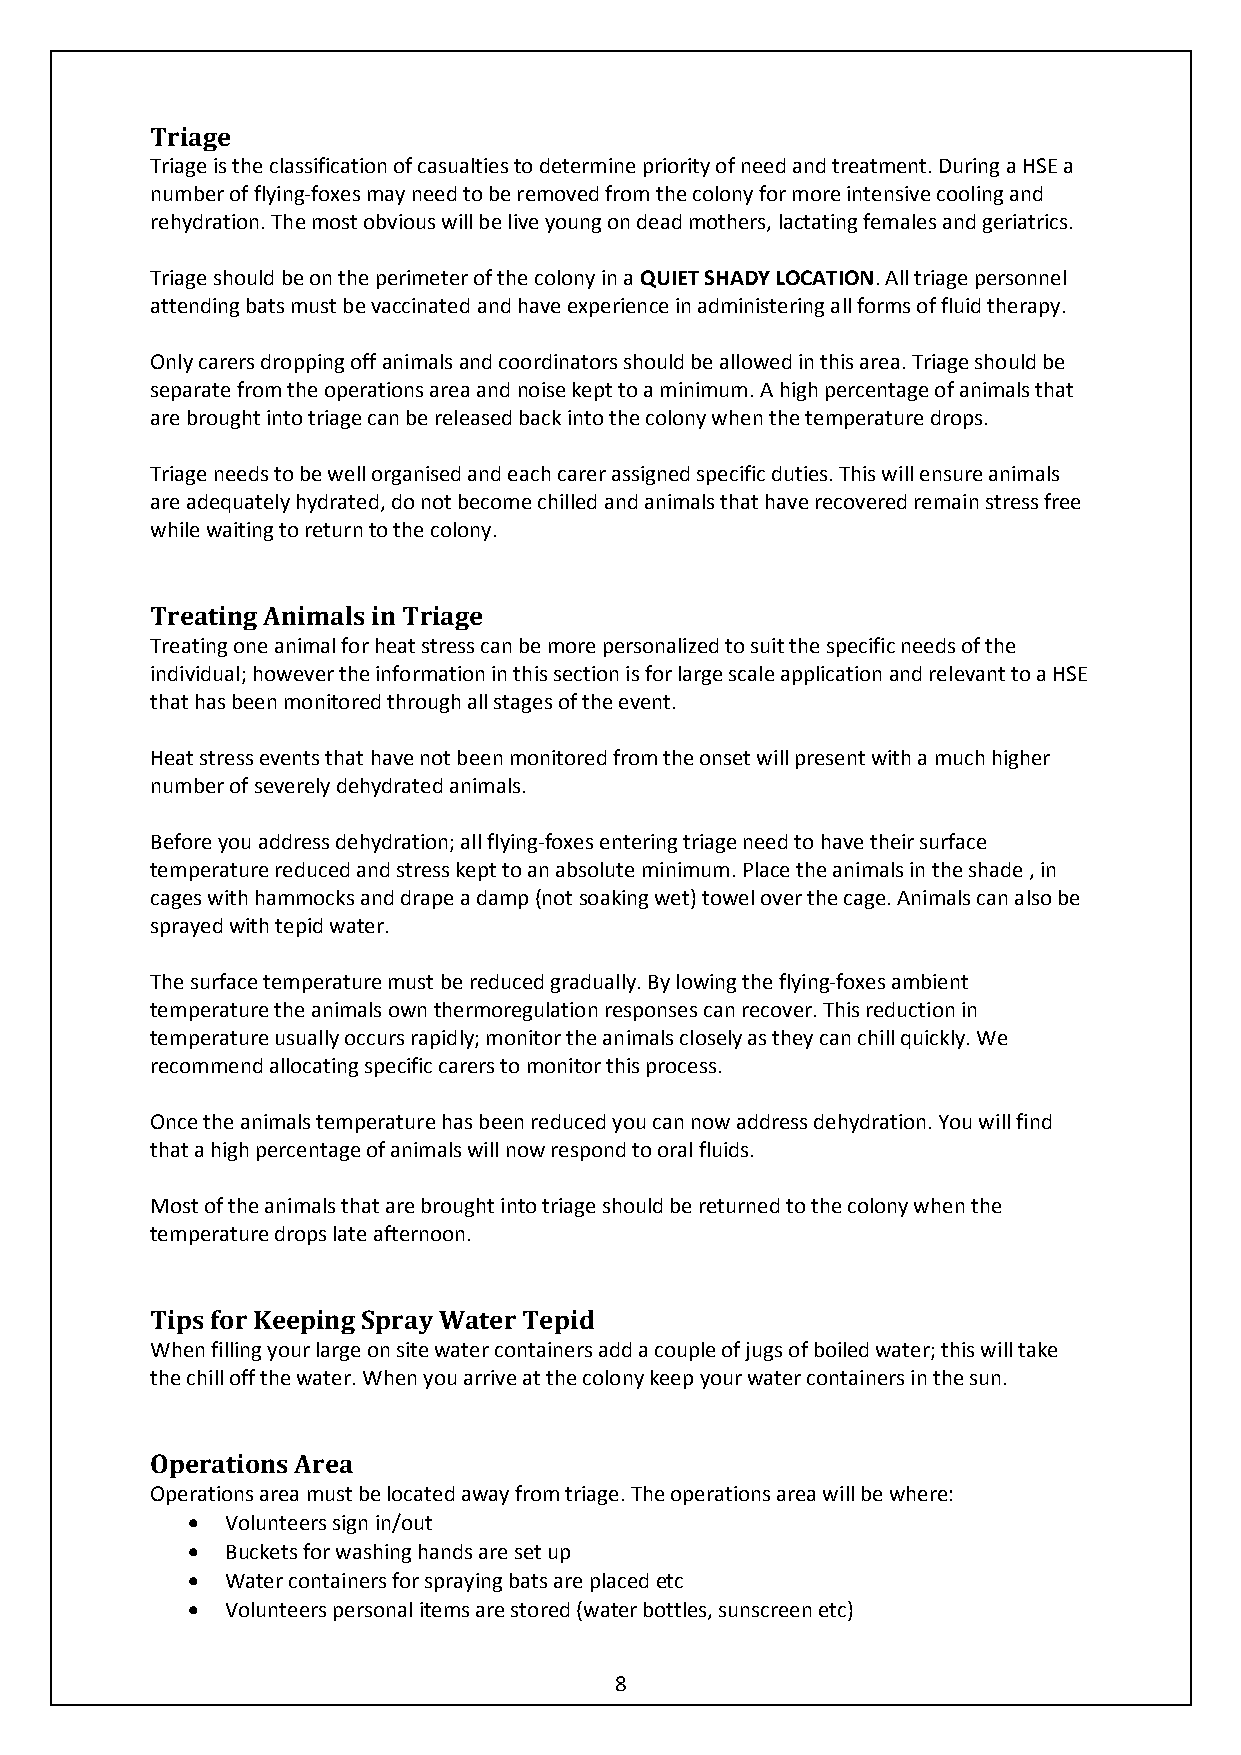
Triage
 Triage is the classification of casualties to determine priority of need and treatment. During a HSE a
 number of flying-foxes may need to be removed from the colony for more intensive cooling and
 rehydration. The most obvious will be live young on dead mothers, lactating females and geriatrics.
 Triage should be on the perimeter of the colony in a QUIET SHADY LOCATION. All triage personnel
 attending bats must be vaccinated and have experience in administering all forms of fluid therapy.
 Only carers dropping off animals and coordinators should be allowed in this area. Triage should be
 separate from the operations area and noise kept to a minimum. A high percentage of animals that
 are brought into triage can be released back into the colony when the temperature drops.
 Triage needs to be well organised and each carer assigned specific duties. This will ensure animals
 are adequately hydrated, do not become chilled and animals that have recovered remain stress free
 while waiting to return to the colony.
 Treating Animals in Triage
 Treating one animal for heat stress can be more personalized to suit the specific needs of the
 individual; however the information in this section is for large scale application and relevant to a HSE
 that has been monitored through all stages of the event.
 Heat stress events that have not been monitored from the onset will present with a much higher
 number of severely dehydrated animals.
 Before you address dehydration; all flying-foxes entering triage need to have their surface
 temperature reduced and stress kept to an absolute minimum. Place the animals in the shade , in
 cages with hammocks and drape a damp (not soaking wet) towel over the cage. Animals can also be
 sprayed with tepid water.
 The surface temperature must be reduced gradually. By lowing the flying-foxes ambient
 temperature the animals own thermoregulation responses can recover. This reduction in
 temperature usually occurs rapidly; monitor the animals closely as they can chill quickly. We
 recommend allocating specific carers to monitor this process.
 Once the animals temperature has been reduced you can now address dehydration. You will find
 that a high percentage of animals will now respond to oral fluids.
 Most of the animals that are brought into triage should be returned to the colony when the
 temperature drops late afternoon.
 Tips for Keeping Spray Water Tepid
 When filling your large on site water containers add a couple of jugs of boiled water; this will take
 the chill off the water. When you arrive at the colony keep your water containers in the sun.
 Operations Area
 Operations area must be located away from triage. The operations area will be where:
   Volunteers sign in/out
   Buckets for washing hands are set up
   Water containers for spraying bats are placed etc
   Volunteers personal items are stored (water bottles, sunscreen etc)
 8